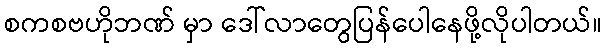
စကစဗဟိုဘဏ် မှာ ဒေါ်လာတွေပြန်ပေါနေဖို့လိုပါတယ်။